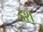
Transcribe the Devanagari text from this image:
इश्